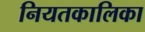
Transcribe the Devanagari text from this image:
नियतकालिका